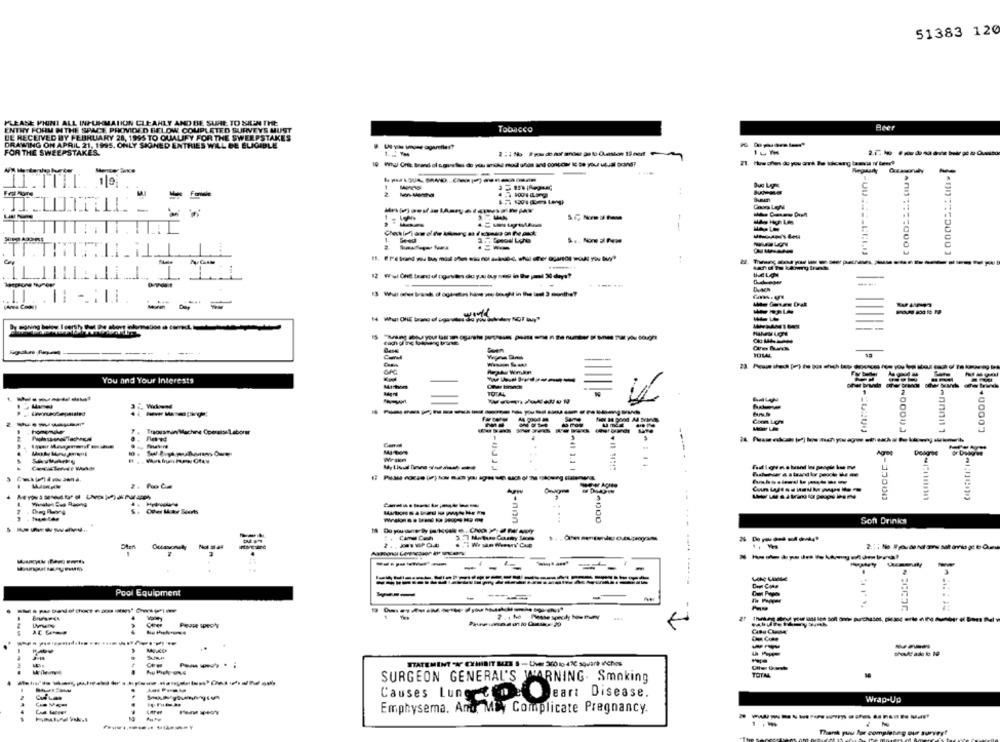
51383 120
PLEASE FIUMI ALL INPLN
LEAHLY AND BE SURE
Acer
ENTHY FORM IN THE SPACE
ED BELOW COMPLETEE
MUST
Tobacco
BE RECEIVED BY FEBRUAR
IS TO QUALIFY FOR THE
DRAWING ON APRIL 21, 19
SIGNED EN
RIES WILL
FOR THE SWEEPSTAKES.
19
..
1-UU.
14 What ONE brass of power
HILAL
--
You and Your Interests
------
CODDO.
-
1 -----
2 -----
-nnnn 1
Pooh sa-ones Technical
Doagree
ShutArP'y
Wiske
-
3-nn
----------
Soft Drinks
.. .
------
--- --
-
2
---------------
Pool Equipment
-
--------------
2. 1 ho Please specify how thuan
--
TOTAL
SURGEON GENERAL'S
WARNING. Smoking
Causes Lunged
heart Disease.
Wrap-UP
--
Emphysema. And, Mcy Complicate Pregnancy.
Thank you for completeg our tury